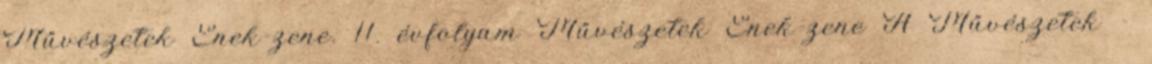
Művészetek Ének-zene. 11. évfolyam Művészetek Ének-zene A Művészetek -